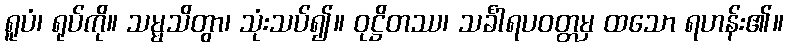
ရူပံ၊ ရုပ်ကို။ သမ္မသိတွာ၊ သုံးသပ်၍။ ဝုဋ္ဌိတဿ၊ သင်္ခါရပဝတ္တမှ ထသော ရဟန်း၏။